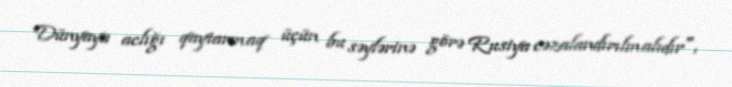
Dünyaya aclığı qaytarmaq üçün bu səylərinə görə Rusiya cəzalandırılmalıdır",